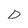
Character: D